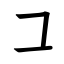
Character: コ